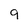
Character: 9